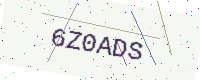
Text: 6Z0ADS